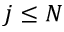
j \leq N